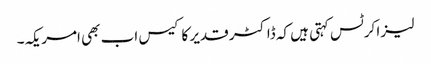
لیزا کرٹس کہتی ہیں کہ ڈاکٹر قدیر کا کیس اب بھی امریکہ۔